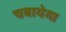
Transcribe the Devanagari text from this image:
चबायेगा